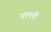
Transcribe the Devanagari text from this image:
एएनटी